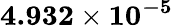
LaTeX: \mathbf{4.932\times 10^{-5}}